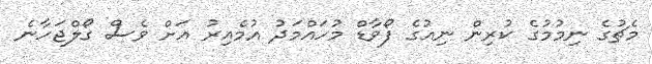
މެޗުގެ ނިމުމުގެ ކުރިން ނިއުގެ ފޯވާޑް މުހައްމަދު އުމެއިރު އަށް ވެސް ގޯލްޖަހާނެ